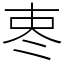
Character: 栆